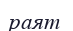
раят